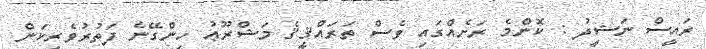
ރައީސް ނަޝީދު : ކޮންމެ ރަށެއްގައި ވެސް ތަރައްޤީޤެ މަޝްރޫޢު ހިންގޭނެ ފަތުރުވެރިކަން